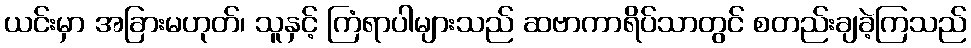
ယင်းမှာ အခြားမဟုတ်၊ သူနှင့် ကြံရာပါများသည် ဆဗာကာရိပ်သာတွင် စတည်းချခဲ့ကြသည်